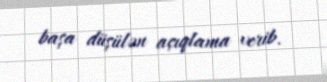
başa düşülən açıqlama verib.